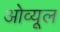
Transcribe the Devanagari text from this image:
ओव्यूल